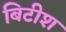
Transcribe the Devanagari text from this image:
बिटीश